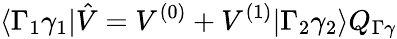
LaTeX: \langle\Gamma_{1}\gamma_{1}|\hat{V}=V^{(0)}+V^{(1)}|\Gamma_{2}\gamma_{2}\rangle Q_{\Gamma\gamma}